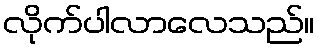
လိုက်ပါလာလေသည်။